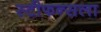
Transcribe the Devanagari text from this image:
स्टीफन्सला